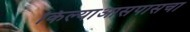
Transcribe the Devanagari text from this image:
किल्याआसपासचा